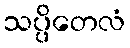
သပ္ပိတေလံ